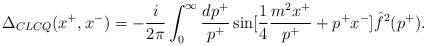
LaTeX: \begin{align*}\Delta_{CLCQ}(x^+, x^-) = - {i \over 2 \pi} \int_0^{\infty} {dp^+ \over p^+} \sin [{1 \over 4} {m^2 x^+ \over p^+} + p^+x^-] \hat{f}^2(p^+).\end{align*}